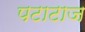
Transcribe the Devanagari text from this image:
पटाटाज